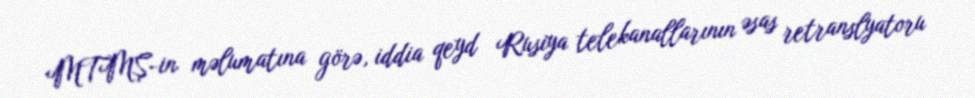
MTMŞ-in məlumatına görə, iddia qeyd Rusiya telekanallarının əsas retranslyatoru